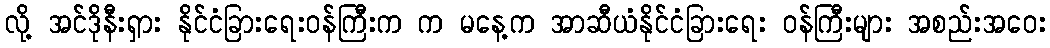
လို့ အင်ဒိုနီးရှား နိုင်ငံခြားရေးဝန်ကြီးက က မနေ့က အာဆီယံနိုင်ငံခြားရေး ဝန်ကြီးများ အစည်းအဝေး